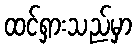
ထင်ရှားသည်မှာ